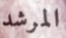
المرشد